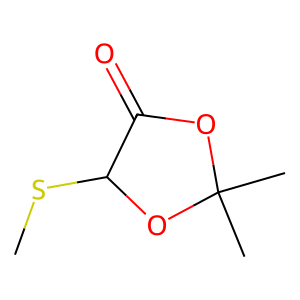
SMILES: CSC1OC(C)(C)OC1=O
Inhibits HIV replication: No